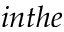
i n t h e